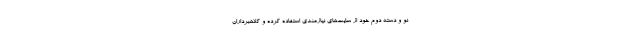
نو و دسته دوم خود از سایت‌های نیازمندی استفاده کرده و کلاهبرداران